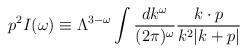
LaTeX: \begin{align*}p^2 I(\omega) \equiv \Lambda^{3-\omega} \int {d k^\omega \over (2\pi)^\omega}{k\cdot p \over k^2 |k+p|}\end{align*}